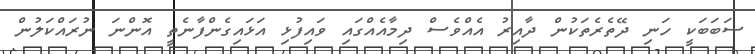
ސަބަބަކީ ހަނި ދޭތެރެތަކުން ދާއިރު އެއްވެސް ދިމާއެއްގައި ވައިފުޅި އަޅައިގެންފާނެތީ އޮންނަ ނުރައްކަލުން